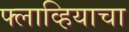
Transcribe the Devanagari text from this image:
फ्लाव्हियाचा